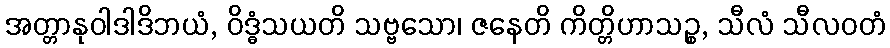
အတ္တာနုဝါဒါဒိဘယံ, ဝိဒ္ဓံသယတိ သဗ္ဗသော၊ ဇနေတိ ကိတ္တိဟာသဉ္စ, သီလံ သီလဝတံ